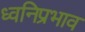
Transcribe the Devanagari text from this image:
ध्वनिप्रभाव